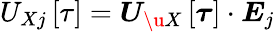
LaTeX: U_{Xj}\left[\tau\right]=\boldsymbol{U}_{\u{X}}\left[\boldsymbol{\tau}\right]\cdot\boldsymbol{E}_{j}